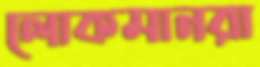
লোকমানরা